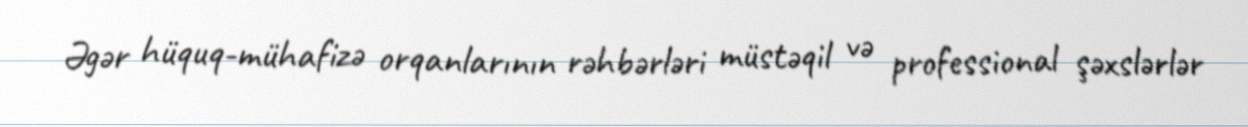
Əgər hüquq-mühafizə orqanlarının rəhbərləri müstəqil və professional şəxslərlər